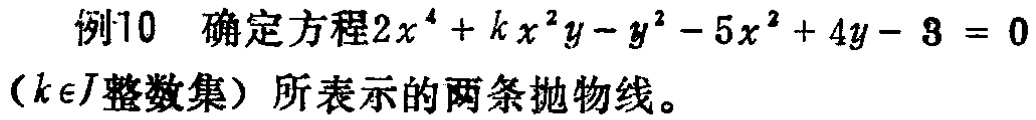
例10 确定方程\(2x^{4}+kx^{2}y - y^{2}-5x^{2}+4y - 3 = 0\)（\(k\in J\)整数集）所表示的两条抛物线。